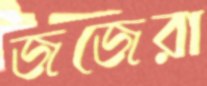
জজেরা